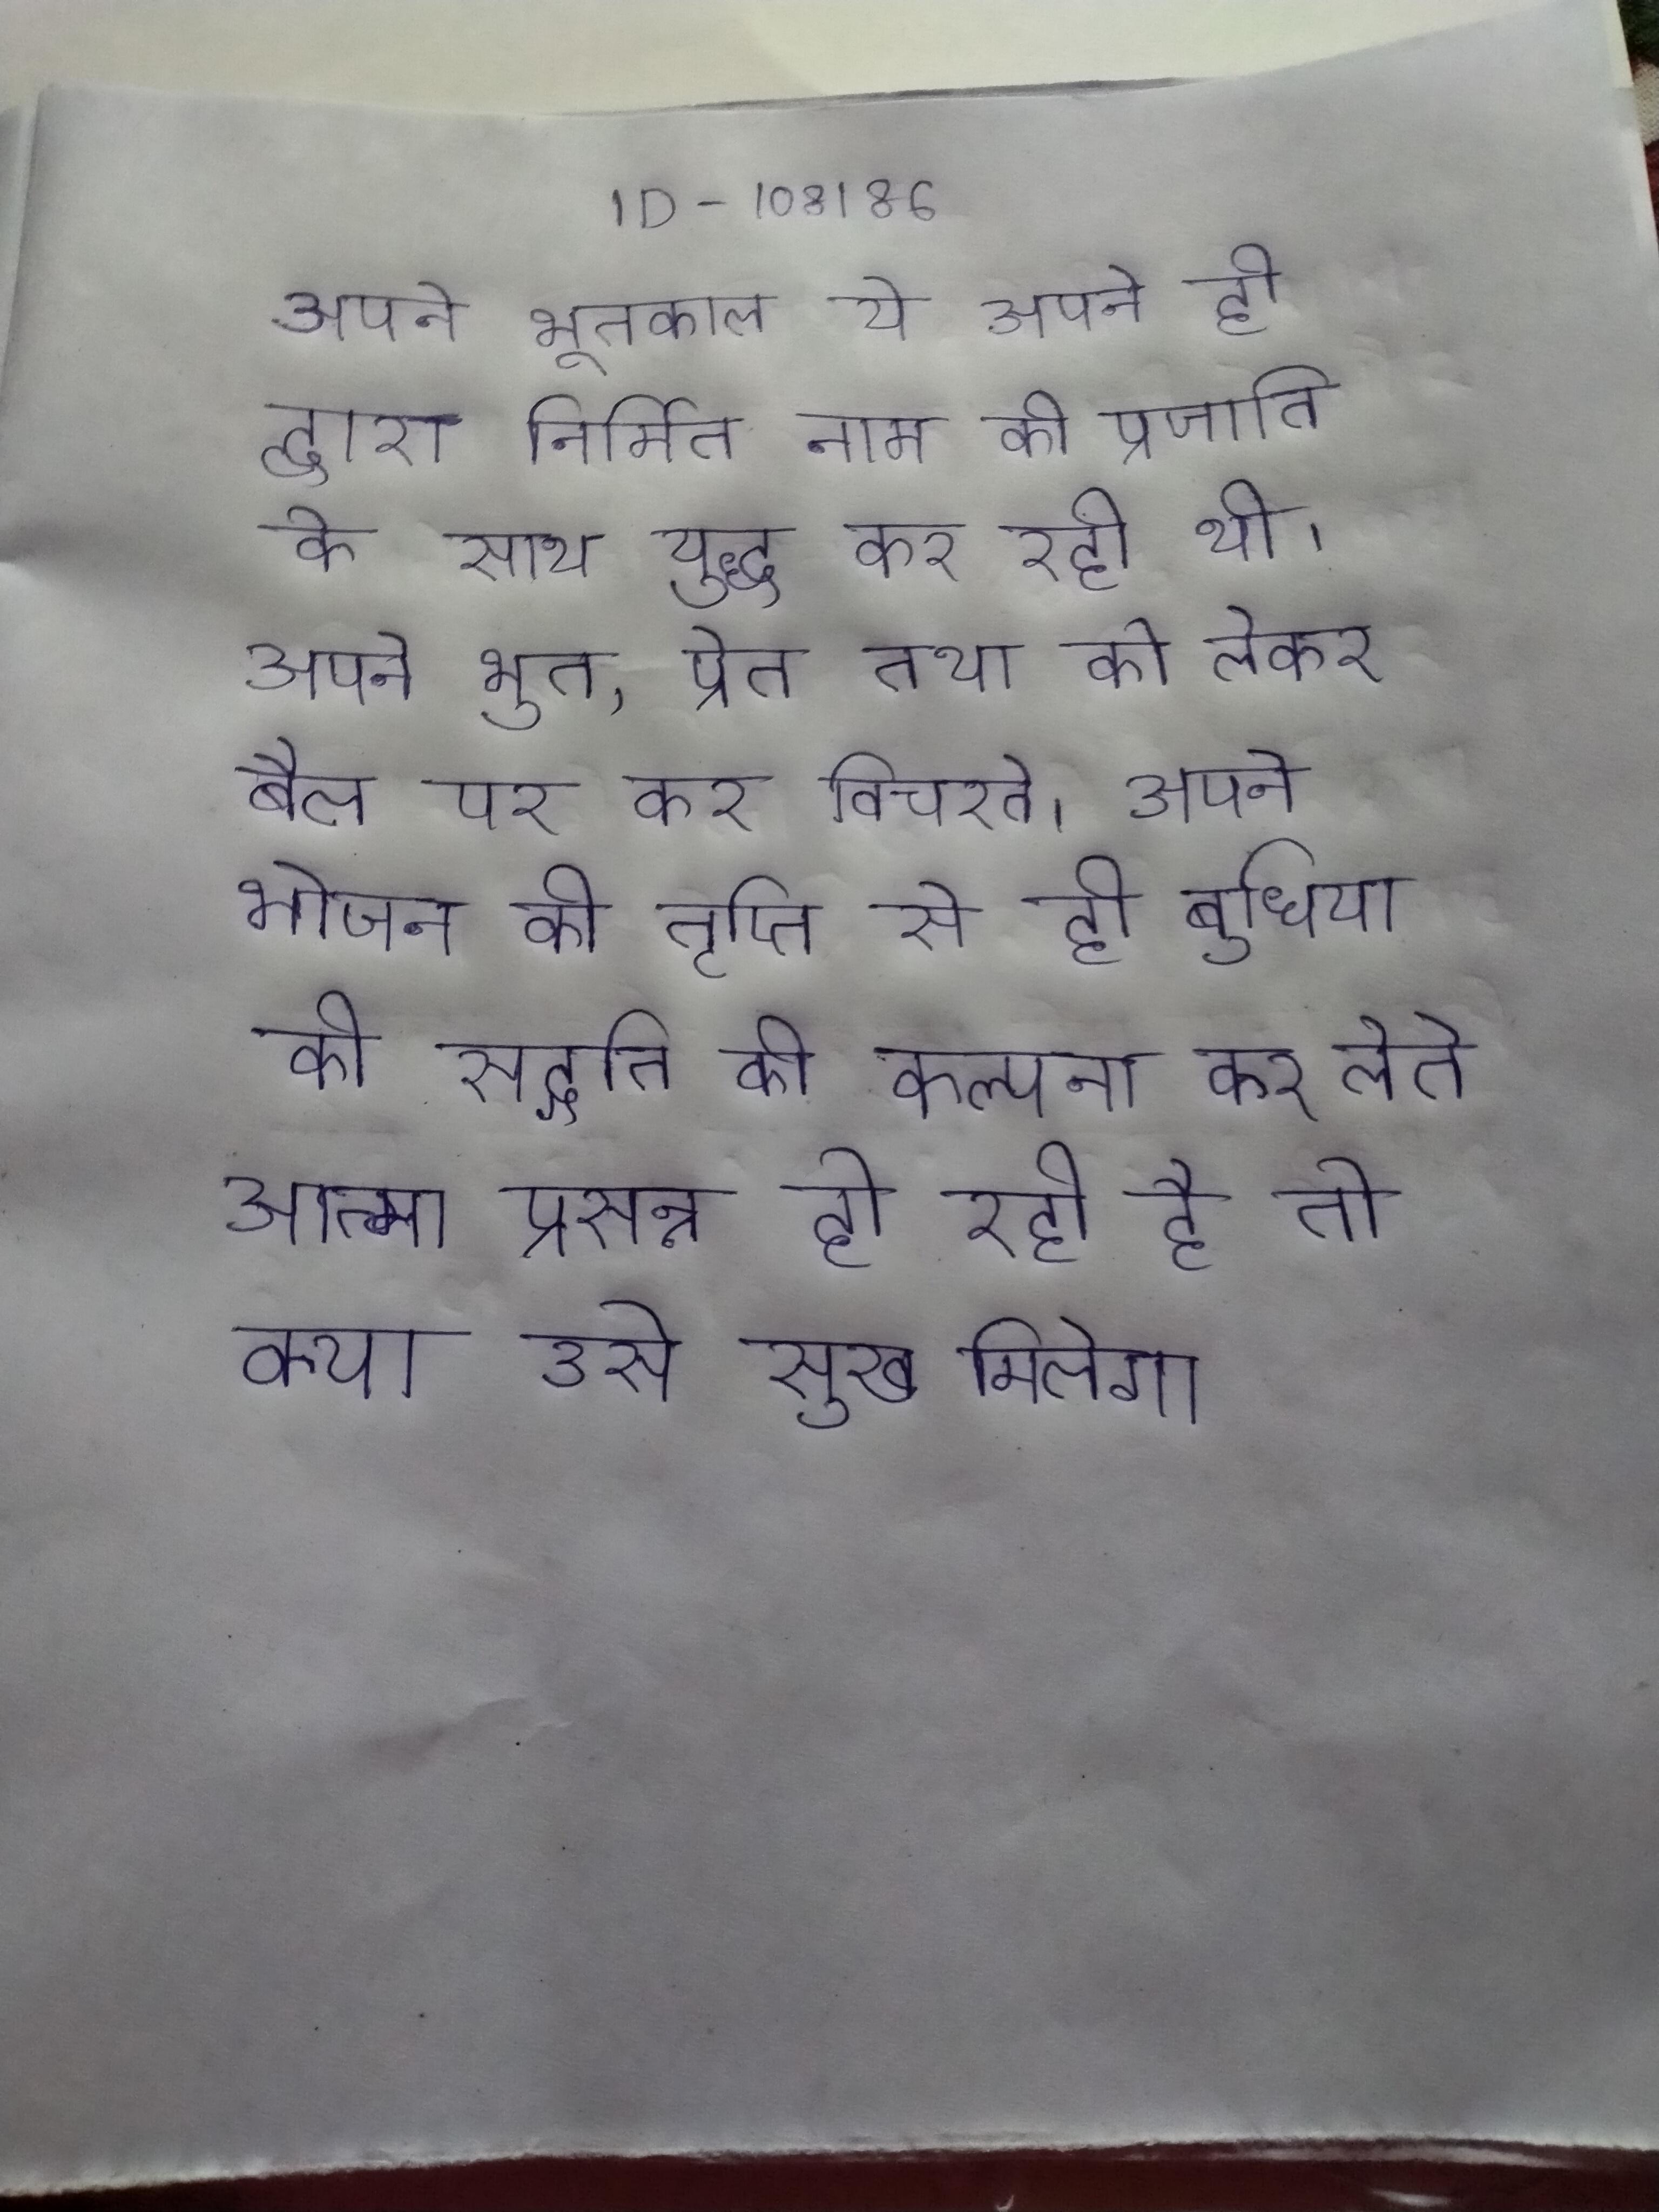
अपने भूतकाल ये अपने ही द्वारा निर्मित नाम की प्रजाति के साथ युद्ध कर रही थी । अपने भूत, प्रेत तथा को लेकर बैल पर कर विचरते । अपने भोजन की तृप्ति से ही बुधिया की सद्गति की कल्पना कर लेते आत्मा प्रसन्न हो रही है तो क्या उसे सुख मिलेगा ।